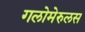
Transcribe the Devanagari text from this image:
गलोमेरुलस